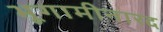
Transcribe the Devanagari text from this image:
भूगामीनारद